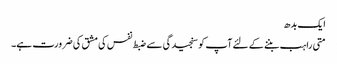
ایک بدھ
متی راہب بننے کے لئے آپ کو سنجیدگی سے ضبط نفس کی مشق کی ضرورت ہے۔